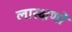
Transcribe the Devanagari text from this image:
लास्क्षणों